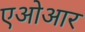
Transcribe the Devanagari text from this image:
एओआर